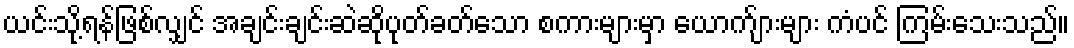
ယင်းသို့ရန်ဖြစ်လျှင် အချင်းချင်းဆဲဆိုပုတ်ခတ်သော စကားများမှာ ယောက်ျားများ ကံပင် ကြမ်းသေးသည်။